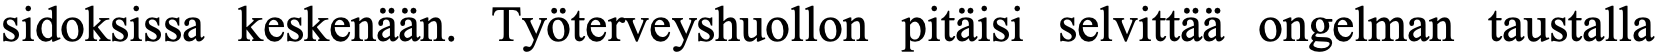
sidoksissa keskenään. Työterveyshuollon pitäisi selvittää ongelman taustalla